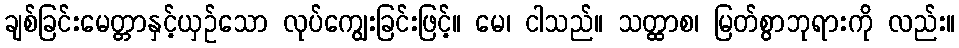
ချစ်ခြင်းမေတ္တာနှင့်ယှဉ်သော လုပ်ကျွေးခြင်းဖြင့်။ မေ၊ ငါသည်။ သတ္ထာစ၊ မြတ်စွာဘုရားကို လည်း။